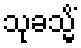
သုခသ္မိံ